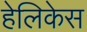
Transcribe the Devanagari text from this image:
हेलिकेस